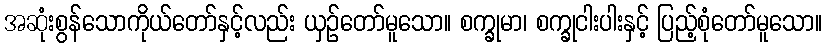
အဆုံးစွန်သောကိုယ်တော်နှင့်လည်း ယှဉ်တော်မူသော။ စက္ခုမာ၊ စက္ခုငါးပါးနှင့် ပြည့်စုံတော်မူသော။